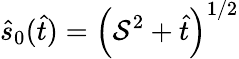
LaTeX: \hat{s}_{0}(\hat{t})=\left(\mathcal{S}^{2}+\hat{t}\right)^{1/2}